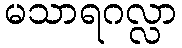
မသာရဂလ္လာ